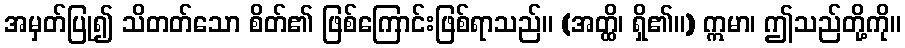
အမှတ်ပြု၍ သိတတ်သော စိတ်၏ ဖြစ်ကြောင်းဖြစ်ရာသည်။ (အတ္ထိ၊ ရှိ၏။) ဣမာ၊ ဤသည်တို့ကို။